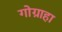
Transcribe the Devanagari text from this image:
गोग्राहा